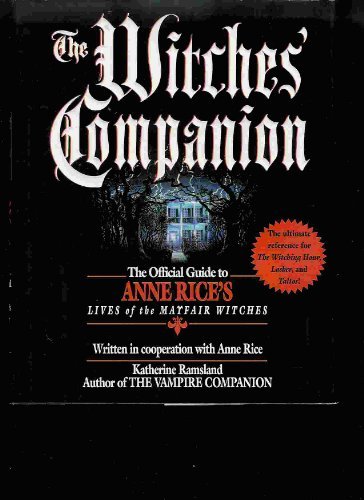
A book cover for The Witches' Companion: The Official Guide to Anne Rice's Lives of the Mayfair Witches; Katherine Ramsland; Science Fiction & Fantasy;